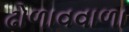
ઢોળાવવાળા